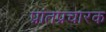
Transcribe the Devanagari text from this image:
प्रांतप्रचारक